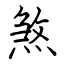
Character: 煞